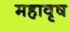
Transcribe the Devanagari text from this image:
महावृष